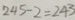
2 4 5 - 2 = 2 4 3